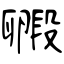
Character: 毈